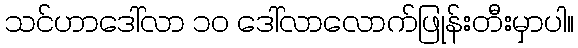
သင်ဟာဒေါ်လာ ၁၀ ဒေါ်လာလောက်ဖြုန်းတီးမှာပါ။